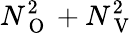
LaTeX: N_{\mathrm{~O~}}^{2}+N_{\mathrm{~V~}}^{2}